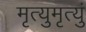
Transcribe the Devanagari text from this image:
मृत्युमृत्युं